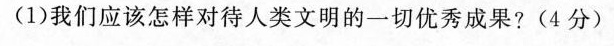
(1)我们应该怎样对待人类文明的一切优秀成果?(4分)